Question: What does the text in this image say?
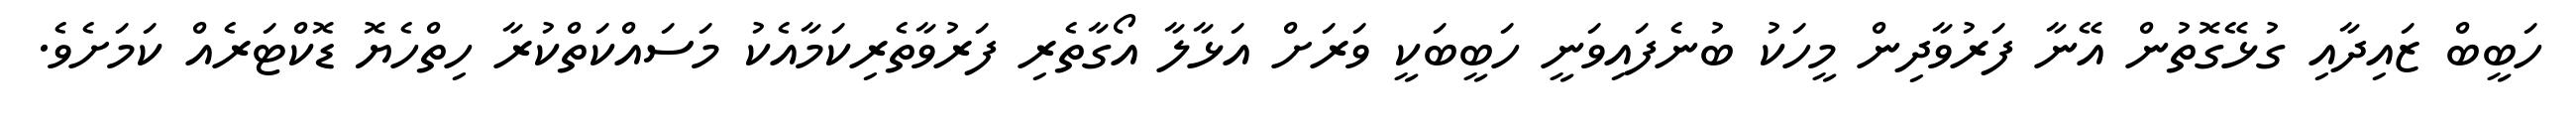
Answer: ހަބީބް ޒައިދާއި ގުޅޭގޮތުން އޭނާ ފަރުވާދިން މީހަކު ބުނެފައިވަނީ ހަބީބަކީ ވަރަށް އަޅާލާ އޯގާތެރި ފަރުވާތެރިކަމާއެކު މަސައްކަތްކުރާ ހިތްހެޔޮ ޑޮކްޓަރެއް ކަމަށެވެ.